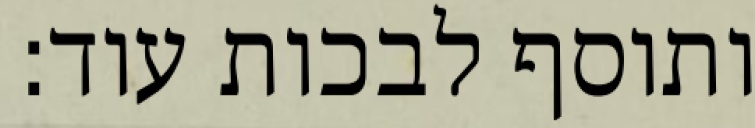
ותוסף לבכות עוד: